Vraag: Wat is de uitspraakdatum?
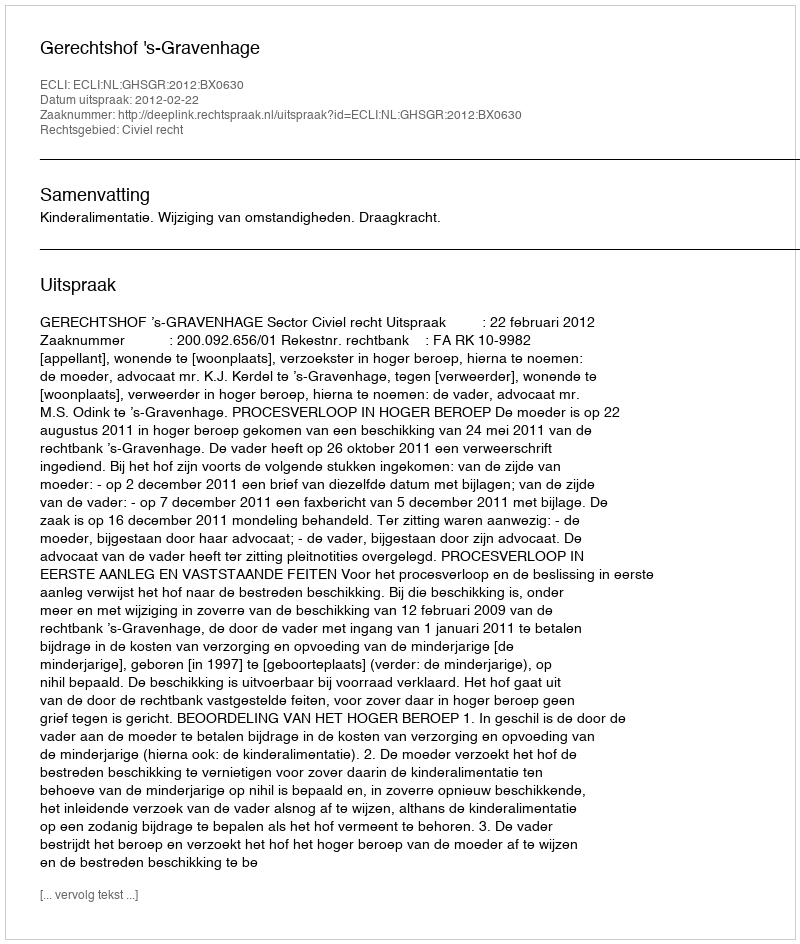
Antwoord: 2012-02-22